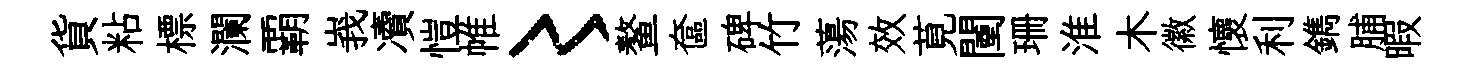
貨粘標瀾覇峩凟愷帷〻鳌奩碑竹蕩效莧闉珊淮木徽懷利鐫脯暇